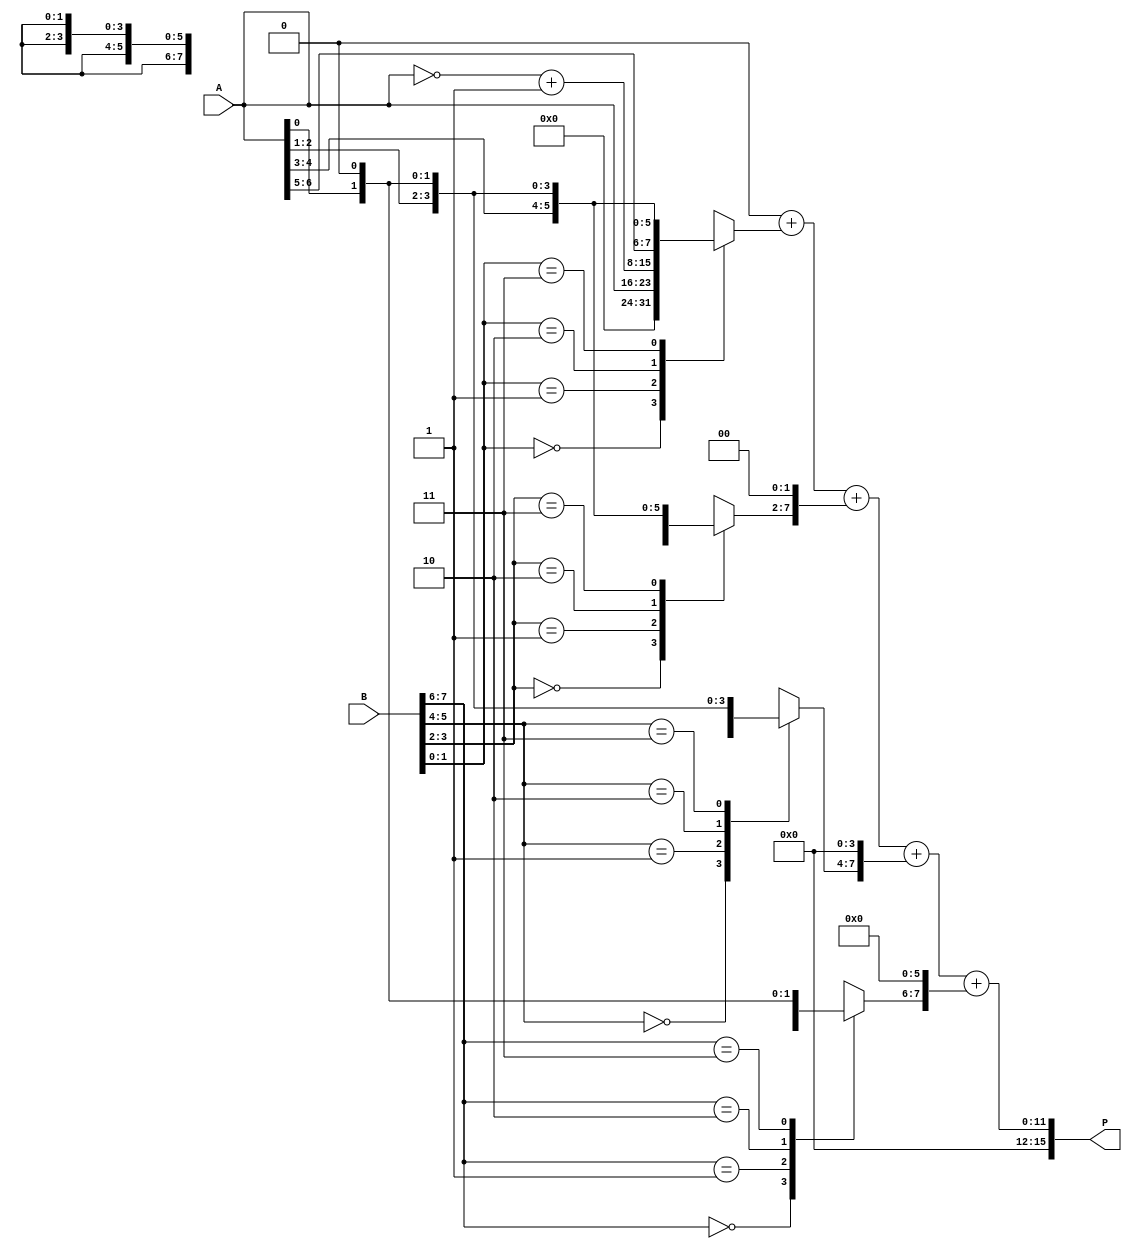
module radix4_multiplier #(parameter N = 8)(
    input [N-1:0] A, // Multiplicand
    input [N-1:0] B, // Multiplier
    output reg [2*N-1:0] P // Product
);

    reg [N-1:0] partial_products [0:3]; // Array to hold partial products
    reg [N-1:0] A_shifted; // Shifted version of A
    reg [N-1:0] B_reg; // Register for B
    reg [1:0] booth_code; // Booth encoding
    integer i;

    always @(*) begin
        // Initialize product to zero
        P = 0;
        B_reg = B; // Copy B to a register for manipulation

        for (i = 0; i < N; i = i + 2) begin
            // Get the current and previous bits of B
            booth_code = {B_reg[i+1], B_reg[i]};
            
            // Generate partial products based on Booth's encoding
            case (booth_code)
                2'b00: partial_products[i/2] = 0;          // No partial product
                2'b01: partial_products[i/2] = A;          // Partial product is A
                2'b10: partial_products[i/2] = ~A + 1;     // Partial product is -A (2's complement)
                2'b11: partial_products[i/2] = A << 1;     // Partial product is 2A
                default: partial_products[i/2] = 0;
            endcase
            
            // Shift the partial product according to its position
            partial_products[i/2] = partial_products[i/2] << i;
        end

        // Accumulate the partial products
        for (i = 0; i < (N/2); i = i + 1) begin
            P = P + partial_products[i];
        end
    end

endmodule